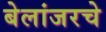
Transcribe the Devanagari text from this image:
बेलांजरचे